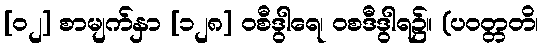
[၀၂] စာမျက်နှာ [၁၂၈] ဝစီဒွါရေ၊ ဝစဒီဒွါရ၌။ (ပဝတ္တတိ၊